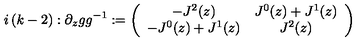
i \left( k - 2 \right) : \partial _ { z } g g ^ { - 1 } : = \left( \begin{array} { c c } { - J ^ { 2 } ( z ) } & { J ^ { 0 } ( z ) + J ^ { 1 } ( z ) } \\ { - J ^ { 0 } ( z ) + J ^ { 1 } ( z ) } & { J ^ { 2 } ( z ) } \\ \end{array} \right)